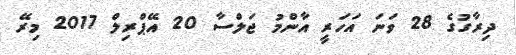
ދިރާގުގެ 28 ވަނަ އަހަރީ އާންމު ޖަލްސާ 20 އޭޕްރިލް 2017 މިރޭ